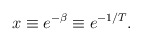
\begin{align*}x\equiv e^{-\beta }\equiv e^{-1/T}.\end{align*}